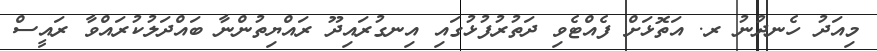
މިއަދު ހެނދުނު ރ. އަތޮޅަށް ފެއްޓެވި ދަތުރުފުޅުގައި އިނގުރައިދޫ ރައްޔިތުންނާ ބައްދަލުކުރައްވާ ރައީސް